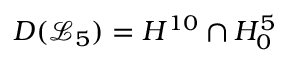
D ( \mathcal { L } _ { 5 } ) = H ^ { 1 0 } \cap H _ { 0 } ^ { 5 }